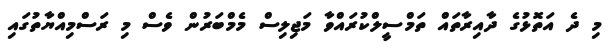
މި ދެ އަތޮޅުގެ ދާއިރާތައް ތަމްސީލްކުރައްވާ މަޖިލިސް މެމްބަރުން ވެސް މި ރަސްމިއްޔާތުގައި